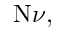
\mathrm { N } \nu ,